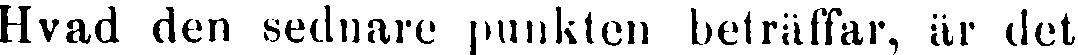
Hvad den sednare punkten beträffar, är det